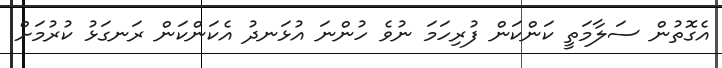
އެގޮތުން ސަލާމަތީ ކަންކަން ފުރިހަމަ ނުވެ ހުންނަ އުޅަނދު އެކަންކަން ރަނގަޅު ކުރުމަށް